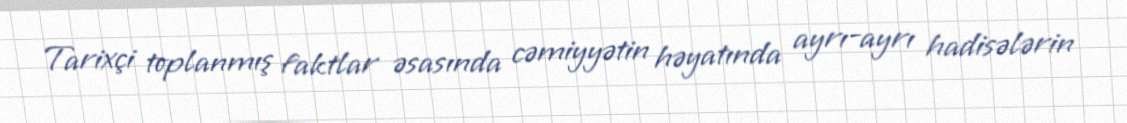
Tarixçi toplanmış faktlar əsasında cəmiyyətin həyatında ayrı-ayrı hadisələrin